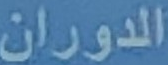
الدوران